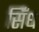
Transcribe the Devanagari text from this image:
सिँध